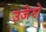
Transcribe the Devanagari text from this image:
उजेरो